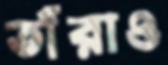
তাঁরাও